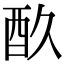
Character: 𮠘